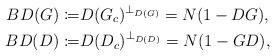
LaTeX: \begin{align*}BD(G)\coloneqq & D(G_{c})^{\bot_{D(G)}}=N(1-DG),\\BD(D)\coloneqq & D(D_{c})^{\bot_{D(D)}}=N(1-GD),\end{align*}